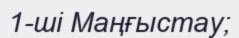
1-ші Маңғыстау;